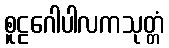
စူဠဂေါပါလကသုတ္တံ